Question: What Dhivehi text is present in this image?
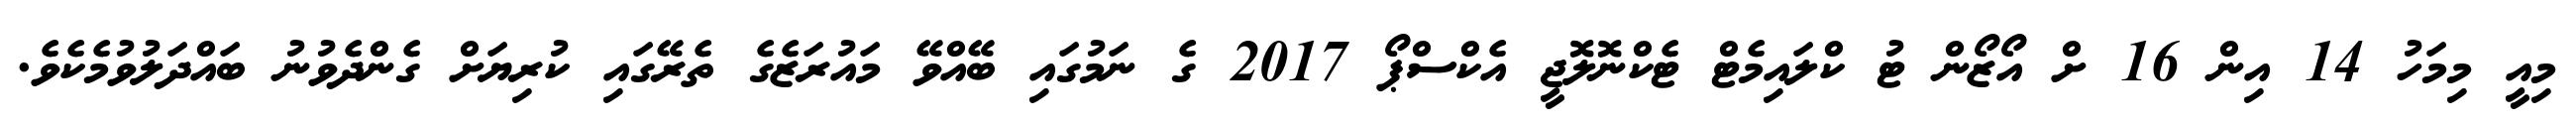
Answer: މިއީ މިމަހު 14 އިން 16 ށް އޯޒޯން ޓު ކްލައިމެޓް ޓެކްނޮލޮޖީ އެކްސްޕޯ 2017 ގެ ނަމުގައި ބޭއްވޭ މައުރަޒެގެ ތެރޭގައި ކުރިޔަށް ގެންދެވުނު ބައްދަލުވުމެކެވެ.